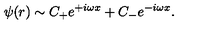
\psi ( r ) \sim C _ { + } e ^ { + i \omega x } + C _ { - } e ^ { - i \omega x } .